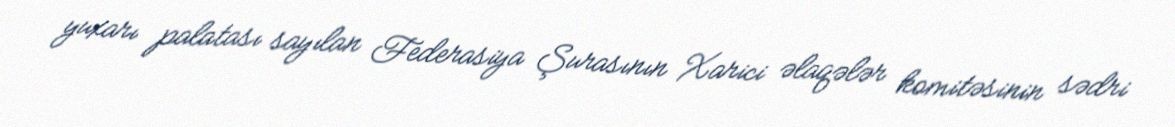
yuxarı palatası sayılan Federasiya Şurasının Xarici əlaqələr komitəsinin sədri